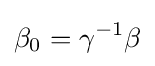
\beta _{0}=\gamma ^{-1}\beta